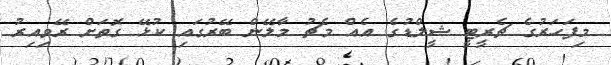
މިފަހަރުގެ ޗެރީޓީ ޝީލްޑުގެ އެއް މެޗު މާލޭން ބޭރުގައި ކުޅޭ ގޮތަށް ރޭވިއިރު